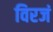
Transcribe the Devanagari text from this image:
विरजं